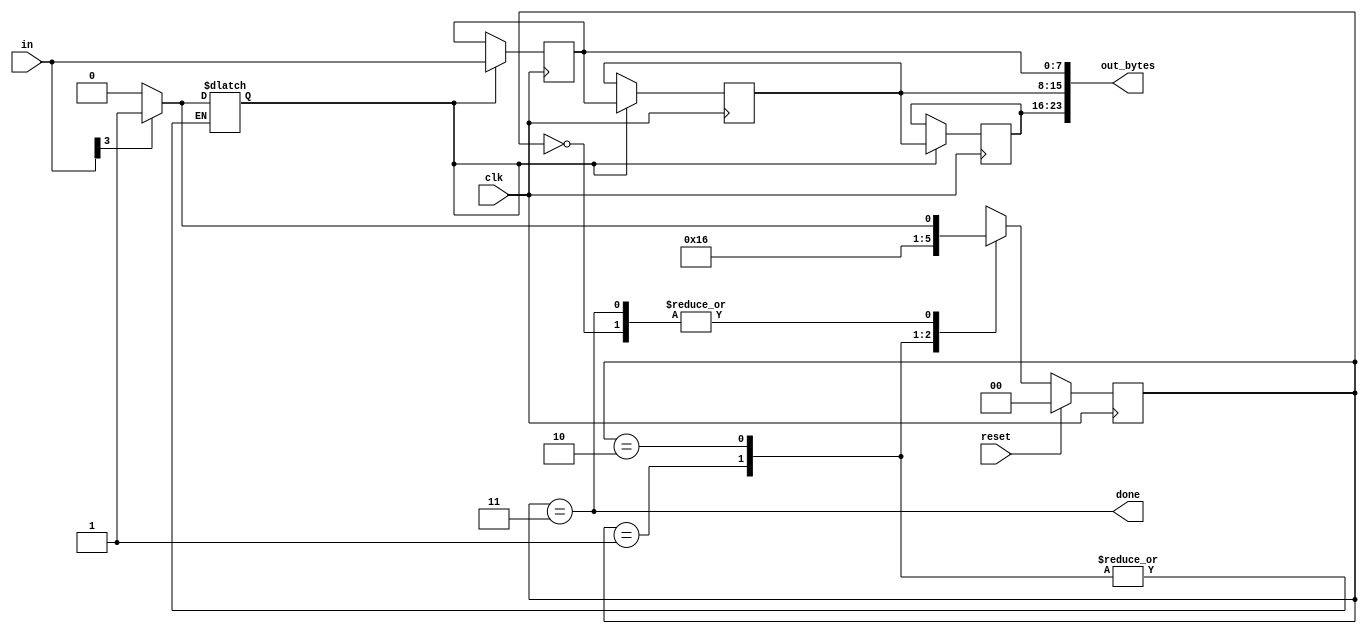
module top_module(
    input clk,
    input [7:0] in,
    input reset,    // Synchronous reset
    output [23:0] out_bytes,
    output done); 
	
	// state defines
	localparam WAIT = 0;
	localparam FIND_HEAD = 1;
	localparam COUNT2 = 2;
	localparam COUNT3 = 3;
	reg [1:0] state, next_state;
	reg [7:0] shifter[3];
	reg en;
    // State transition logic (combinational)
	always @(*)begin
		case(state)
			WAIT: if (in[3])begin
					next_state = FIND_HEAD;
					en = 1'b1;
					end
				  else begin
				    next_state = WAIT;
					en = 1'b0;
					end
			FIND_HEAD: next_state = COUNT2;
			COUNT2: next_state = COUNT3;
			COUNT3: if (in[3])begin
						next_state = FIND_HEAD;
						en = 1'b1;
						end
					else begin
						next_state = WAIT;
						en = 1'b0;
					    end
            default: en = 1'b0;
		endcase
	end
    // State flip-flops (sequential)
	always @(posedge clk)begin
		if(reset)
			state <= WAIT;
		else
			state <= next_state;
	end
	// shifter
	always@(posedge clk)begin
		if(en)begin
			shifter[2] <= in;
			shifter[1] <= shifter[2];
			shifter[0] <= shifter[1];
			end
	end
    // Output logic
	assign done = state == COUNT3;
	assign out_bytes = {shifter[0],shifter[1],shifter[2]};
endmodule